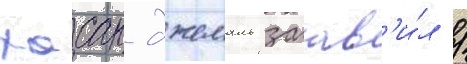
хасан джемаль заав'и́л /